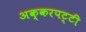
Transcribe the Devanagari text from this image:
अक्करपट्टी